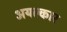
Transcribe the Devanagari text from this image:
अयल्कार